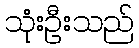
သုံးဦးသည်